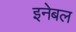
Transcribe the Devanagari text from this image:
इनेबल